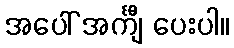
အပေါ် အင်္ကျီ ပေးပါ။